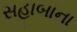
સહાબાના